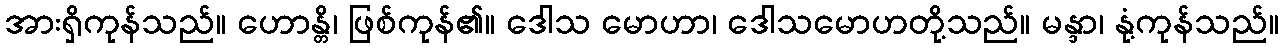
အားရှိကုန်သည်။ ဟောန္တိ၊ ဖြစ်ကုန်၏။ ဒေါသ မောဟာ၊ ဒေါသမောဟတို့သည်။ မန္ဒာ၊ နုံ့ကုန်သည်။